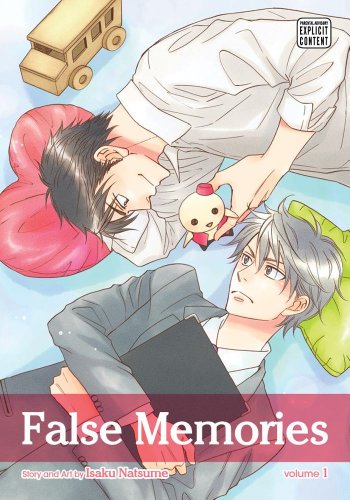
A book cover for False Memories, Vol. 1; Isaku Natsume; Comics & Graphic Novels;